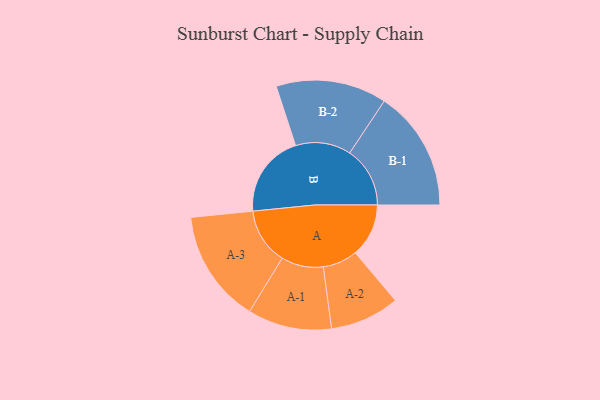
{"axis": {"x": "Segment", "y": "Value"}, "legend": ["", "A", "B"], "data": [{"x": "A", "y": 263, "type": ""}, {"x": "B", "y": 409, "type": ""}, {"x": "A-1", "y": 207, "type": "A"}, {"x": "A-2", "y": 171, "type": "A"}, {"x": "A-3", "y": 278, "type": "A"}, {"x": "B-1", "y": 297, "type": "B"}, {"x": "B-2", "y": 273, "type": "B"}]}